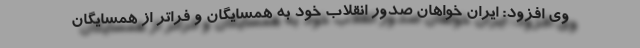
وی افزود: ایران خواهان صدور انقلاب خود به همسایگان و فراتر از همسایگان